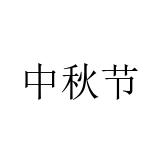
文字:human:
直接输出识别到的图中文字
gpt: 中秋节